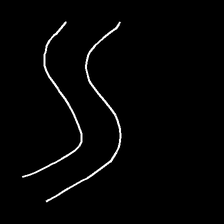
Glyph: float